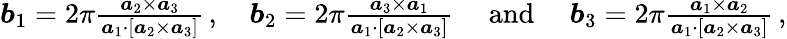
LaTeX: \begin{array}{r}{\boldsymbol b_{1}=2\pi\frac{\boldsymbol a_{2}\times\boldsymbol a_{3}}{\boldsymbol a_{1}\cdot[\boldsymbol a_{2}\times\boldsymbol a_{3}]}\, ,\quad\boldsymbol b_{2}=2\pi\frac{\boldsymbol a_{3}\times\boldsymbol a_{1}}{\boldsymbol a_{1}\cdot[\boldsymbol a_{2}\times\boldsymbol a_{3}]}\quad\mathrm{~and~}\quad\boldsymbol b_{3}=2\pi\frac{\boldsymbol a_{1}\times\boldsymbol a_{2}}{\boldsymbol a_{1}\cdot[\boldsymbol a_{2}\times\boldsymbol a_{3}]}\, ,}\end{array}